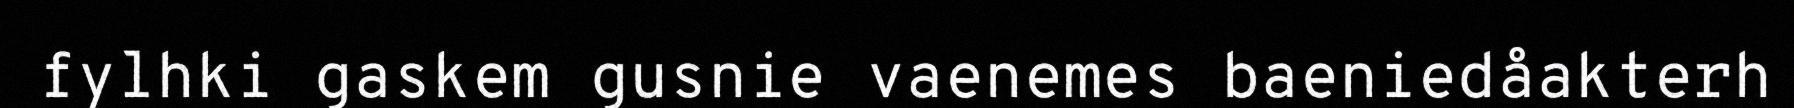
fylhki gaskem gusnie vaenemes baeniedåakterh